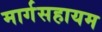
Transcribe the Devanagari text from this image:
मार्गसहायम